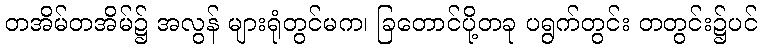
တအိမ်တအိမ်၌ အလွန် များရုံတွင်မက၊ ခြတောင်ပို့တခု ပရွက်တွင်း တတွင်း၌ပင်